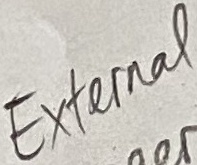
Text: External